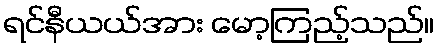
ရင်နီယယ်အား မော့ကြည့်သည်။